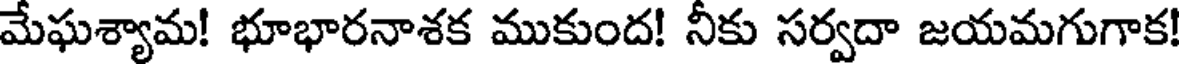
మేఘశ్యామ! భూభారనాశక ముకుంద! నీకు సర్వదా జయమగుగాక